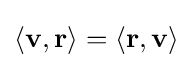
\langle \mathbf {v} ,\mathbf {r} \rangle =\langle \mathbf {r} ,\mathbf {v} \rangle